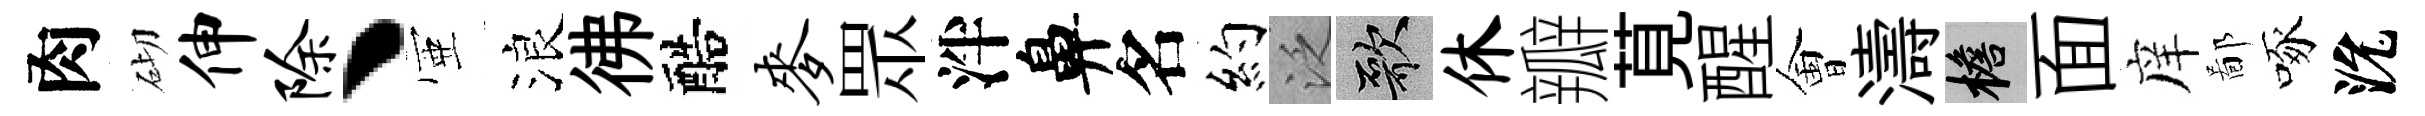
肉砌伸除丶壺浪彿醅麦眾泮鼻名約泛歌休瓣莧醒㑹濤檐面庠鄙啄沇